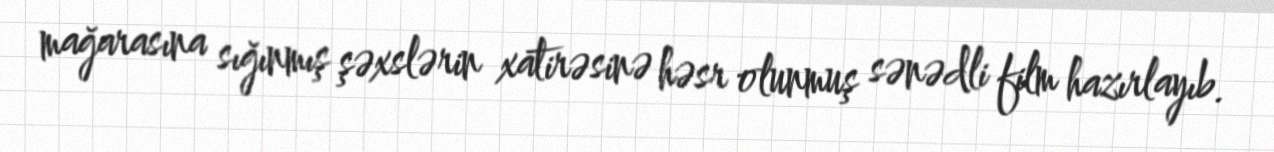
mağarasına sığınmış şəxslərin xatirəsinə həsr olunmuş sənədli film hazırlayıb.